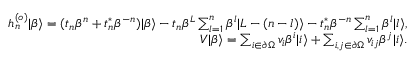
\begin{array} { r l r } & { } & { h _ { n } ^ { ( o ) } | \beta \rangle = ( t _ { n } \beta ^ { n } + t _ { n } ^ { \ast } \beta ^ { - n } ) | \beta \rangle - t _ { n } \beta ^ { L } \sum _ { l = 1 } ^ { n } \beta ^ { l } | L - ( n - l ) \rangle - t _ { n } ^ { \ast } \beta ^ { - n } \sum _ { l = 1 } ^ { n } \beta ^ { l } | l \rangle , } \\ & { } & { V | \beta \rangle = \sum _ { i \in \partial \Omega } v _ { i } \beta ^ { i } | i \rangle + \sum _ { i , j \in \partial \Omega } v _ { i j } \beta ^ { j } | i \rangle . } \end{array}